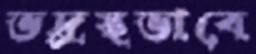
ভদ্রস্থভাবে